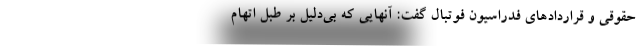
حقوقی و قراردادهای فدراسیون فوتبال گفت: آنهایی که بی‌دلیل بر طبل اتهام